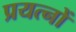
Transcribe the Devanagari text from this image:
प्रयत्‍नों